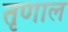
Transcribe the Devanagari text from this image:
तृणाल